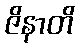
ဇိနာတိ